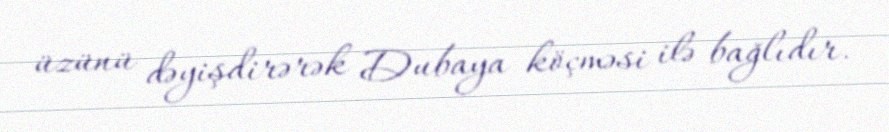
üzünü dəyişdirərək Dubaya köçməsi ilə bağlıdır.